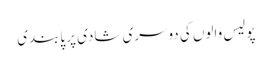
پولیس والوں کی دوسری شادی پر پابندی